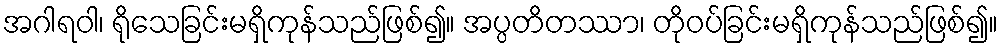
အဂါရဝါ၊ ရိုသေခြင်းမရှိကုန်သည်ဖြစ်၍။ အပ္ပတိတဿာ၊ တိုဝပ်ခြင်းမရှိကုန်သည်ဖြစ်၍။